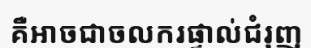
គឺអាចជាចលករផ្ទាល់ជំរុញ